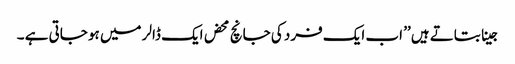
جینا بتاتے ہیں ’’ اب ایک فرد کی جانچ محض ایک ڈالر میں ہو جاتی ہے ۔